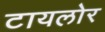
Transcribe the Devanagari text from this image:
टायलोर